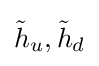
{\tilde {h}}_{u},{\tilde {h}}_{d}